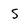
Character: 5